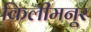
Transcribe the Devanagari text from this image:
किलीमनूर